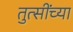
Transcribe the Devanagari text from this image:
तुत्‍सींच्‍या